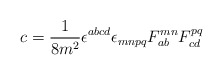
\begin{align*} c = \frac{1}{8m^2}\epsilon^{abcd}\epsilon_{mnpq} F_{ab}^{mn}F_{cd}^{pq}\end{align*}